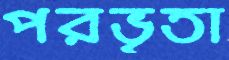
পরভৃতা